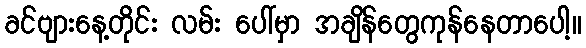
ခင်ဗျားနေ့တိုင်း လမ်း ပေါ်မှာ အချိန်တွေကုန်နေတာပေါ့။